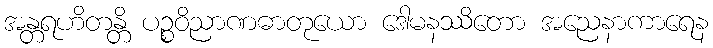
အန္တရဟိတန္တိ ပဉ္စဝိညာဏဓာတုယော ဒေါမနဿိတော အညေနာကာရေန